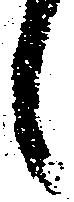
候